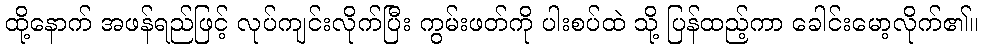
ထို့နောက် အဖန်ရည်ဖြင့် လုပ်ကျင်းလိုက်ပြီး ကွမ်းဖတ်ကို ပါးစပ်ထဲ သို့ ပြန်ထည့်ကာ ခေါင်းမော့လိုက်၏။